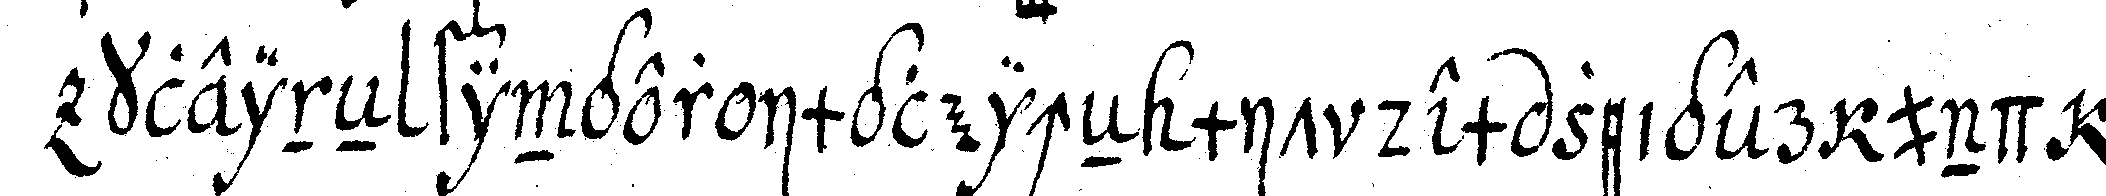
kleineN finger imgleicheN mit dem zeiger und